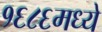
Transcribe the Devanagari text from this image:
१६८६मध्ये